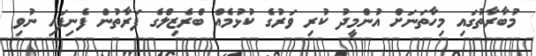
މުބާރާތުގައި މިހާތަނަށް އުންމީދު ކުރި ވަރުގެ ކުޅުމެއް ބްރެޒިލްގެ ފަރާތުން ފެނިފައި ނުވި